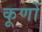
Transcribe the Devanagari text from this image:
कूणों